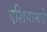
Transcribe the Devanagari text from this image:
एशियामधे